Civil Veterinary Dept. Bombay admin report 1907-1913 - 1907-1913
Year: 1907
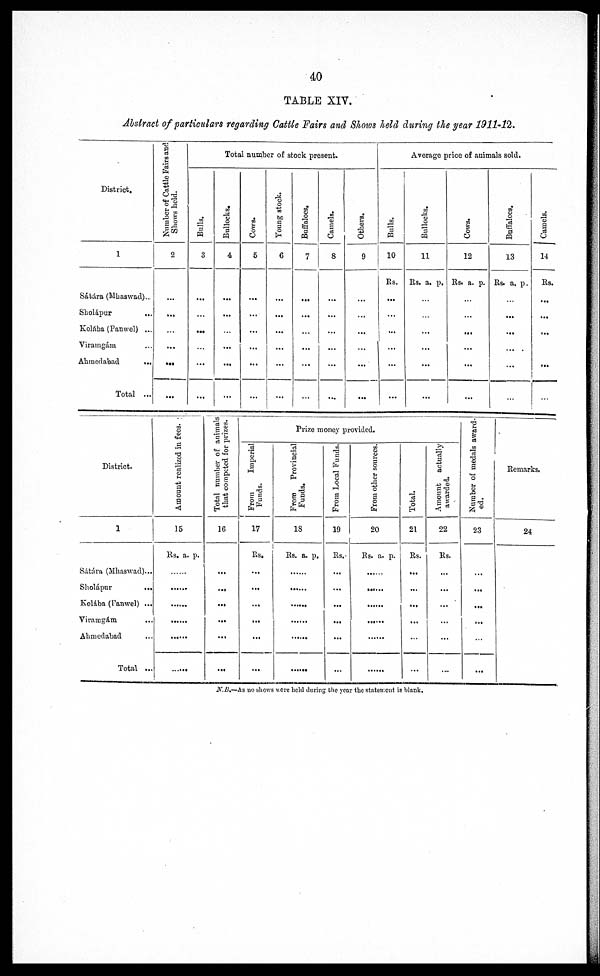
40
TABLE XIV.
Abstract of particulars regarding Cattle Fairs and Shows held during the year 1911-12.
District.
1
Sátára (Mhaswad)...
Sholápur ...
Kolába (Panwel) ...
Viramgám ...
Ahmedabad ...
Total ...
Number of Cattle Fairs and
Shows held.
2
...
...
...
...
...
...
Total number of stock present.
Bulls.
3
...
...
...
...
...
...
Bullocks.
4
...
...
...
...
...
...
Cows.
5
...
...
...
...
...
...
Young stock.
6
...
...
...
...
...
...
Buffaloes.
7
...
...
...
...
...
...
Camels.
8
...
...
...
...
...
...
Others.
9
...
...
...
...
...
...
Average price of animals sold.
Bulls.
10
Rs.
...
...
...
...
...
...
Bullocks.
11
Rs. a. p.
...
...
...
...
...
...
Cows.
12
Rs. a. p.
...
...
...
...
...
...
Buffaloes.
13
Rs. a. p.
...
...
...
...
...
...
Camels.
14
Rs.
...
...
...
...
...
...
District.
1
Sátára (Mhaswad)...
Sholápur ...
Kolába (Panwel) ...
Viramgám ...
Ahmedabad...
Total ...
Amount realized in fees.
15
Rs. a. p.
......
......
......
......
......
...
Total number of animals
that
competed for prizes.
16
...
...
...
...
...
...
Prize money provided.
From
Imperial
Funds.
17
Rs.
...
...
...
...
...
...
From Provincial
Funds.
18
Rs. a. p.
......
......
......
......
......
......
From Local Funds.
19
Rs.
...
...
...
...
...
...
From other sources.
20
Rs. a. p.
......
......
......
......
......
......
Total.
21
Rs.
...
...
...
...
...
...
Amount actually
awarded.
22
Rs.
...
...
...
...
...
...
Number of medals award-
ed.
23
...
...
...
...
...
...
Remarks.
24
N.B.—As no shows were held during the year the statement is blank.